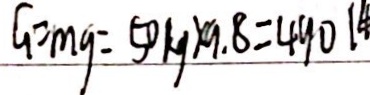
G = m g = 5 0 k g \times 9 . 8 = 4 9 0 (